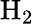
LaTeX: \mathrm{{H_{2}}}